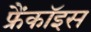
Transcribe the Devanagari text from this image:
फ्रैंकॉइस